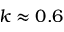
k \approx 0 . 6